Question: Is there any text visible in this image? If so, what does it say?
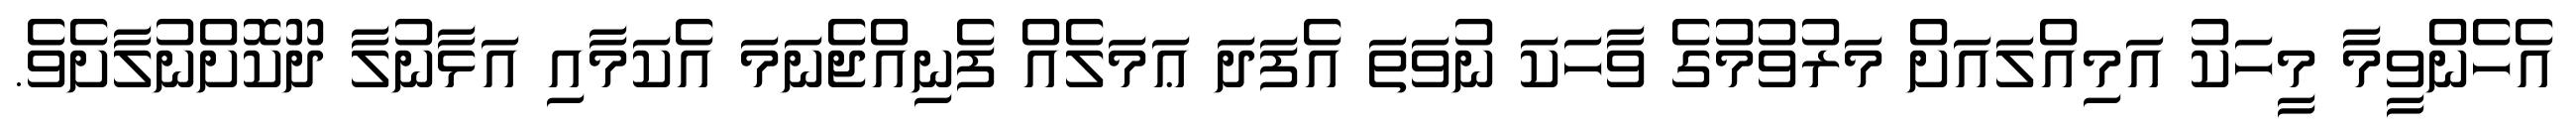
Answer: އެހެންވީމާ މީހަކު އަމިއްލައަށް މަރުވުމުގެ ވާހަކަ ނުވަތަ އެފަދަ ޢަމަލެއް ފެނިއްޖެނަމަ އެކަމާއި އަޅާނުލާ ދޫކޮށްނުލާށެވެ.